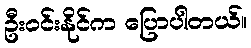
ဦးဝင်းနိုင်က ပြောပါတယ်။